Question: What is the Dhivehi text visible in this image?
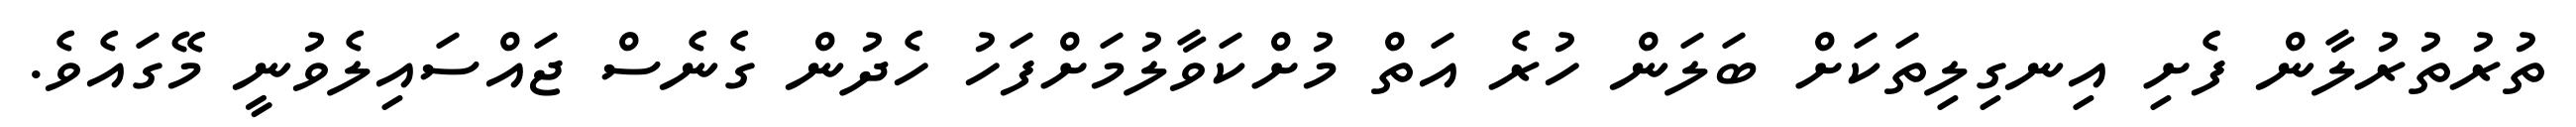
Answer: ތުރުތުރުލާން ފެށި އިނގިލިތަކަށް ބަލަން ހުރެ އަތް މުށްކަވާލުމަށްފަހު ހެދުން ގެނެސް ޖައްސައިލެވުނީ މޭގައެވެ.